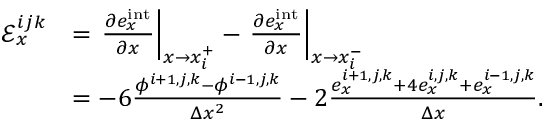
\begin{array} { r l } { \mathcal { E } _ { x } ^ { i j k } } & { = \left. \frac { \partial e _ { x } ^ { \mathrm { i n t } } } { \partial x } \right| _ { x \rightarrow x _ { i } ^ { + } } - \left. \frac { \partial e _ { x } ^ { \mathrm { i n t } } } { \partial x } \right| _ { x \rightarrow x _ { i } ^ { - } } } \\ & { = - 6 \frac { \phi ^ { i + 1 , j , k } - \phi ^ { i - 1 , j , k } } { \Delta x ^ { 2 } } - 2 \frac { e _ { x } ^ { i + 1 , j , k } + 4 e _ { x } ^ { i , j , k } + e _ { x } ^ { i - 1 , j , k } } { \Delta x } . } \end{array}